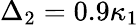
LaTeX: \Delta_{2}=0.9\kappa_{1}